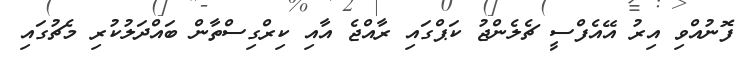
ފޮނުއްވި އިރު އޭއެފްސީ ޗެލެންޖު ކަޕްގައި ރާއްޖެ އާއި ކިރްގިސްތާން ބައްދަލުކުރި މެޗުގައި